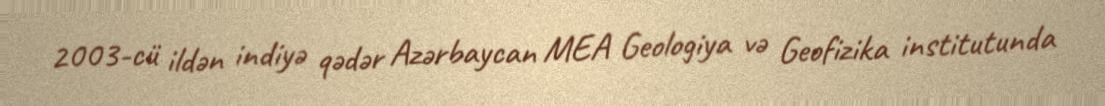
2003-cü ildən indiyə qədər Azərbaycan MEA Geologiya və Geofizika institutunda